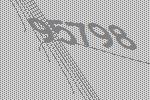
95798